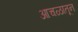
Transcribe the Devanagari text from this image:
आचळातून